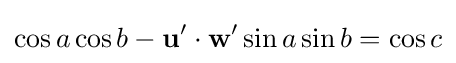
\cos a\cos b-{\mathbf {u}}'\cdot {\mathbf {w}}'\sin a\sin b=\cos c